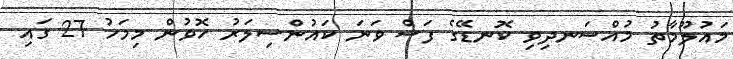
މައުލޫމާތު މުއްސަނދިވި ކޮނޑޭގެ ފަސް ވަނަ ކައުންސިލަރު ހޮވުން މިމަހު 27 ގައި